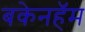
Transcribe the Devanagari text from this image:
बकेनहॅम